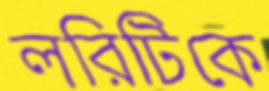
লরিটিকে